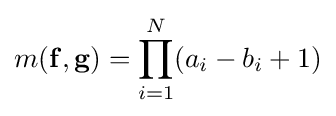
m(\mathbf {f} ,\mathbf {g} )=\prod _{i=1}^{N}(a_{i}-b_{i}+1)